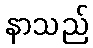
နာသည်